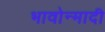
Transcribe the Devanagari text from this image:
भावोन्मादी